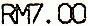
RM7.00